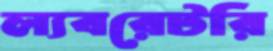
ল্যবরেটরি